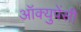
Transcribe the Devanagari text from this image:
अॉक्युपेंसी